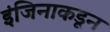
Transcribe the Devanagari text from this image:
इंजिनाकडून